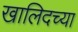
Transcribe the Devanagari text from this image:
खालिदच्या